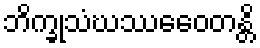
ဘိက္ခုသံဃဿေဝေတန္တိ